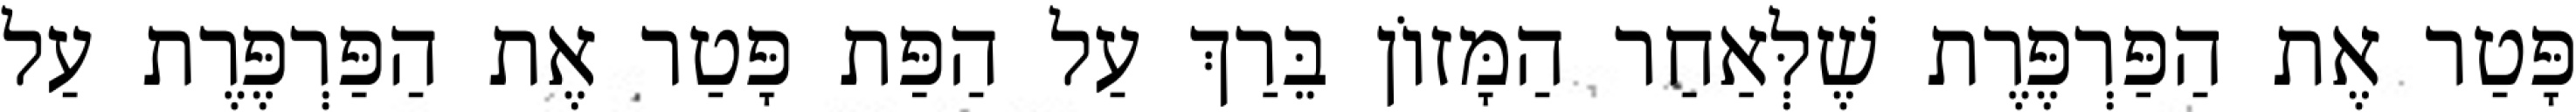
פָּטַר אֶת הַפַּרְפֶּרֶת שֶׁלְּאַחַר הַמָּזוֹן בֵּרַךְ עַל הַפַּת פָּטַר אֶת הַפַּרְפֶּרֶת עַל